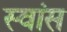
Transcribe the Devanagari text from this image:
स्वांस